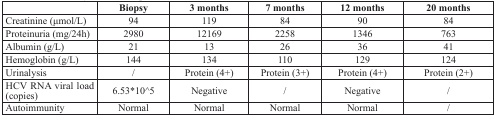
<table><thead><tr><td></td><td><b>Biopsy</b></td><td><b>3 months</b></td><td><b>7 months</b></td><td><b>12 months</b></td><td><b>20 months</b></td></tr></thead><tbody><tr><td>Creatinine (μmol/L)</td><td>94</td><td>119</td><td>84</td><td>90</td><td>84</td></tr><tr><td>Proteinuria (mg/24h)</td><td>2980</td><td>12169</td><td>2258</td><td>1346</td><td>763</td></tr><tr><td>Albumin (g/L)</td><td>21</td><td>13</td><td>26</td><td>36</td><td>41</td></tr><tr><td>Hemoglobin (g/L)</td><td>144</td><td>134</td><td>110</td><td>129</td><td>124</td></tr><tr><td>Urinalysis</td><td>/</td><td>Protein (4+)</td><td>Protein (3+)</td><td>Protein (4+)</td><td>Protein (2+)</td></tr><tr><td>HCV RNA viral load (copies)</td><td>6.53*10^5</td><td>Negative</td><td>/</td><td>Negative</td><td>/</td></tr><tr><td>Autoimmunity</td><td>Normal</td><td>Normal</td><td>Normal</td><td>Normal</td><td>/</td></tr></tbody></table>